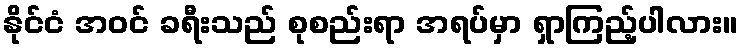
နိုင်ငံ အဝင် ခရီးသည် စုစည်းရာ အရပ်မှာ ရှာကြည့်ပါလား။